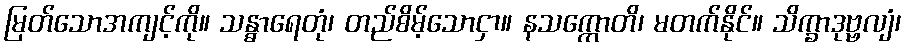
မြတ်သောအကျင့်ကို။ သန္ဓာရေတုံ၊ တည်စိမ့်သောငှာ။ နသက္ကောတိ၊ မတက်နိုင်။ သိက္ခာဒုဗ္ဗလျံ၊